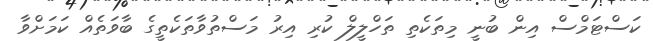
ކަސްޓަމްސް އިން ބުނީ މިތަކެތި ތަހްލީލް ކުރި އިރު މަސްތުވާތަކެތީގެ ބާވަތެއް ކަމަށްވާ